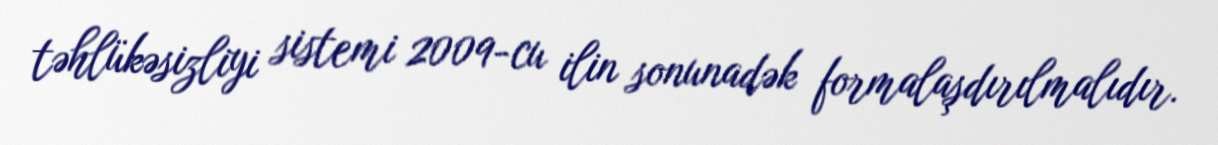
təhlükəsizliyi sistemi 2009-cu ilin sonunadək formalaşdırılmalıdır.